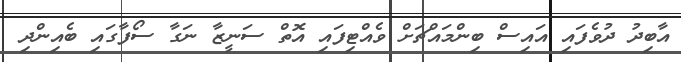
އާބިދު ދުވެފައި އައިސް ބިންމައްޗަށް ވެއްޓިފައި އޮތް ސަނީޒާ ނަގާ ސޯފާގައި ބެއިންދި